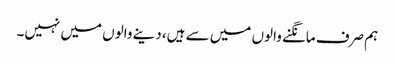
ہم صرف مانگنے والوں میں سے ہیں، دینے والوں میں نہیں۔